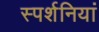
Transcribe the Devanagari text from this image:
स्पर्शनियां